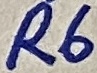
Text: R6